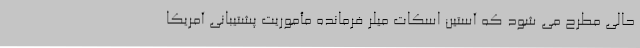
حالی مطرح می شود که آستین اسکات میلر فرمانده مأموریت پشتیبانی آمریکا